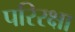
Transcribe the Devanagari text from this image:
परिरक्षा